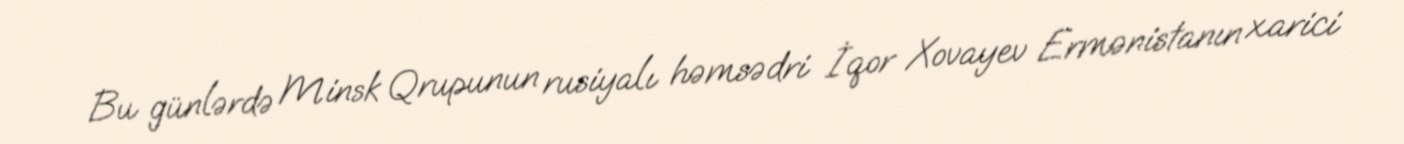
Bu günlərdə Minsk Qrupunun rusiyalı həmsədri İqor Xovayev Ermənistanın xarici